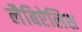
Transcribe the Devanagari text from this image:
लैबिऐलिस